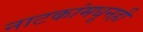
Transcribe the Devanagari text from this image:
नाटकांमधूनही